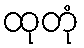
ထုတုံ